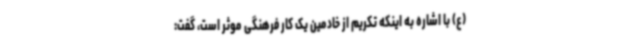
(ع) با اشاره به اینکه تکریم از خادمین یک کار فرهنگی موثر است، گفت:‌